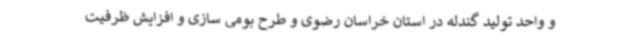
و واحد تولید گندله در استان خراسان رضوی و طرح بومی سازی و افزایش ظرفیت